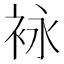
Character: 𰳶